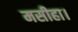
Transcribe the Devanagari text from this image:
मसीहा।